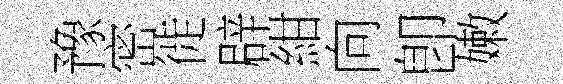
豫密徙辟紺向卽嫩